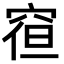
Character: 𮃿